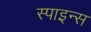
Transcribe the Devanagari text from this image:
स्पाइन्स